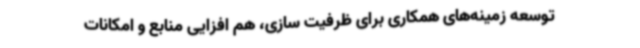
توسعه زمینه‌های همکاری برای ظرفیت سازی، هم افزایی منابع و امکانات